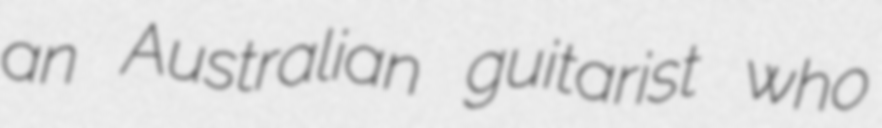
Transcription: an Australian guitarist who